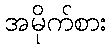
အမိုက်စား